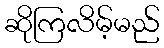
ဆိုကြလိမ့်မည်